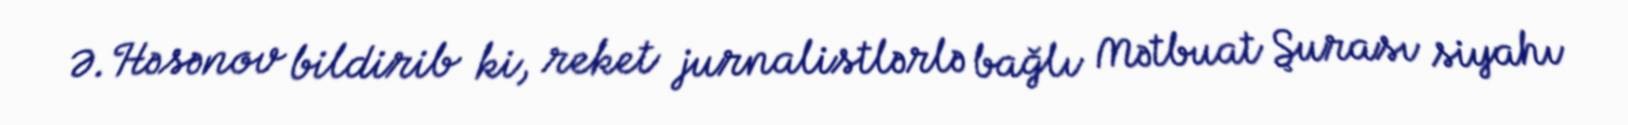
Ə.Həsənov bildirib ki, reket jurnalistlərlə bağlı Mətbuat Şurası siyahı